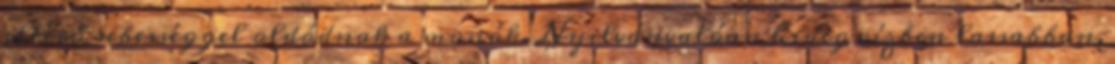
eltérő sebességgel oldódnak a monók. Nyilvánvalóan hideg vízben lassabban,